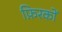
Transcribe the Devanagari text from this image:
फ़िरकों